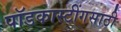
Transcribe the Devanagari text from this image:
पॉडकास्टींगसाठी